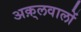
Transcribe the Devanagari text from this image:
अक़्लवालों